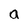
Character: a